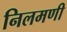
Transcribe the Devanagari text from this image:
निलमणी